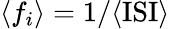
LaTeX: \langle f_{i}\rangle=1/\langle\mathrm{ISI}\rangle